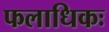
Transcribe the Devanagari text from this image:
फलाधिकः